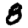
Digit: 8